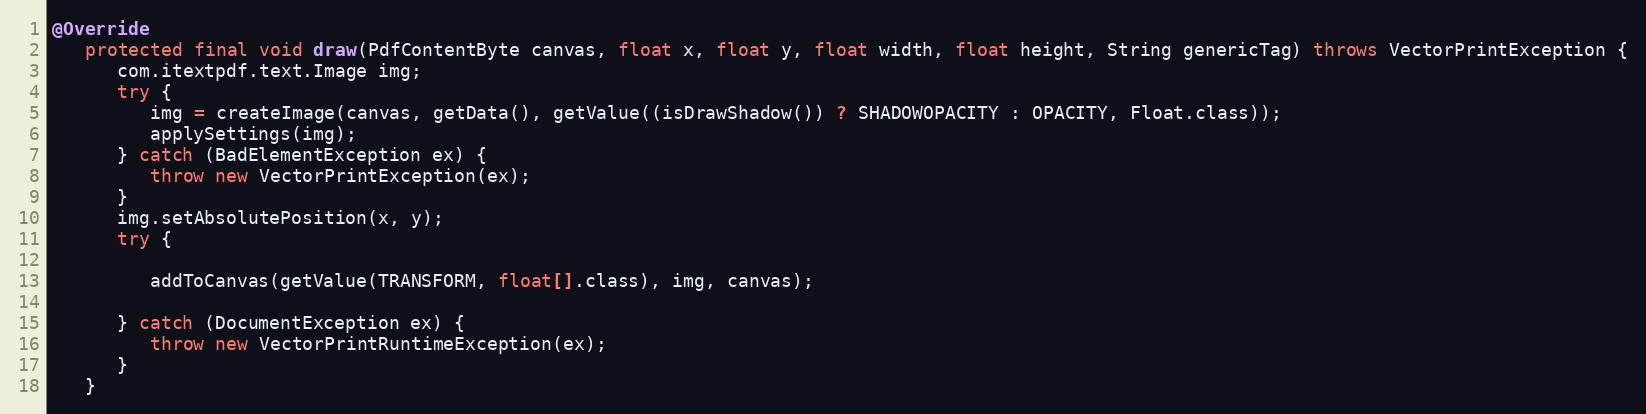
Language: Java
@Override
   protected final void draw(PdfContentByte canvas, float x, float y, float width, float height, String genericTag) throws VectorPrintException {
      com.itextpdf.text.Image img;
      try {
         img = createImage(canvas, getData(), getValue((isDrawShadow()) ? SHADOWOPACITY : OPACITY, Float.class));
         applySettings(img);
      } catch (BadElementException ex) {
         throw new VectorPrintException(ex);
      }
      img.setAbsolutePosition(x, y);
      try {

         addToCanvas(getValue(TRANSFORM, float[].class), img, canvas);

      } catch (DocumentException ex) {
         throw new VectorPrintRuntimeException(ex);
      }
   }